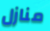
منازل